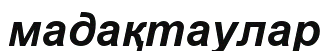
мадақтаулар